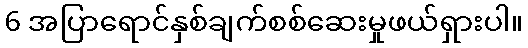
6 အပြာရောင်နှစ်ချက်စစ်ဆေးမှုဖယ်ရှားပါ။